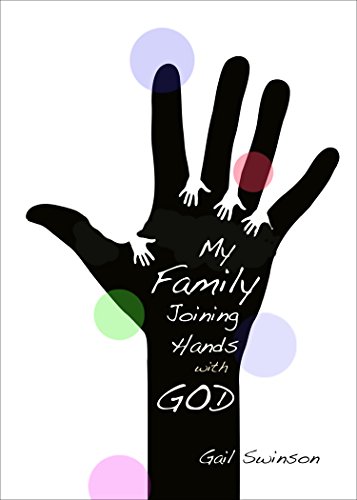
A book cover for My Family Joining Hands with God; Gail Swinson; Parenting & Relationships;